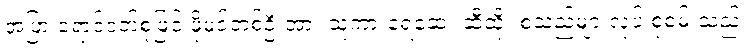
အပြာ ရောင်ဝတ်စုံဖြင့် ဖိုမင်တစ်ဦးအား သူ့ကားရေဆေး ဆီထိုး စသည်များလုပ် စုံစမ်းသည်။